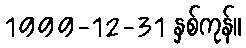
1999-12-31 နှစ်ကုန်။